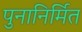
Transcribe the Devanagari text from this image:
पुनानिर्मित